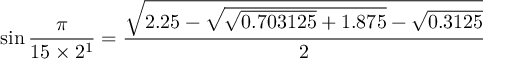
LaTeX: \sin { \frac { \pi } { 1 5 \times 2 ^ { 1 } } } = { \frac { \sqrt { 2 . 2 5 - { \sqrt { { \sqrt { 0 . 7 0 3 1 2 5 } } + 1 . 8 7 5 } } - { \sqrt { 0 . 3 1 2 5 } } } } { 2 } }